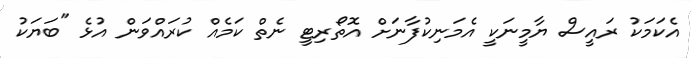
އެކަމަކު ރައީސް ޔާމީނަކީ އެމަނިކުފާނަށް އޮތޯރިޓީ ނެތް ކަމެއް ކުރައްވަން އުޅެ "ބަޔަކު